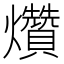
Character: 𤓎